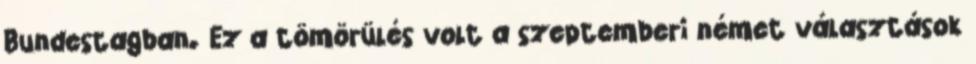
Bundestagban. Ez a tömörülés volt a szeptemberi német választások